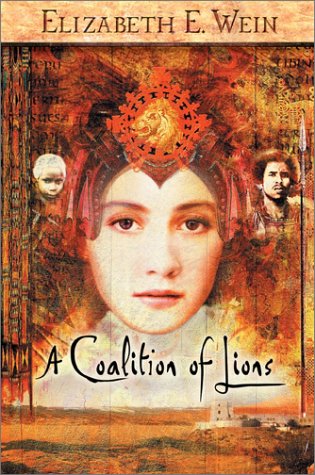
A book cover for A Coalition of Lions; Elizabeth Wein; Teen & Young Adult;